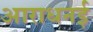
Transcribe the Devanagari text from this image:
आराधनई